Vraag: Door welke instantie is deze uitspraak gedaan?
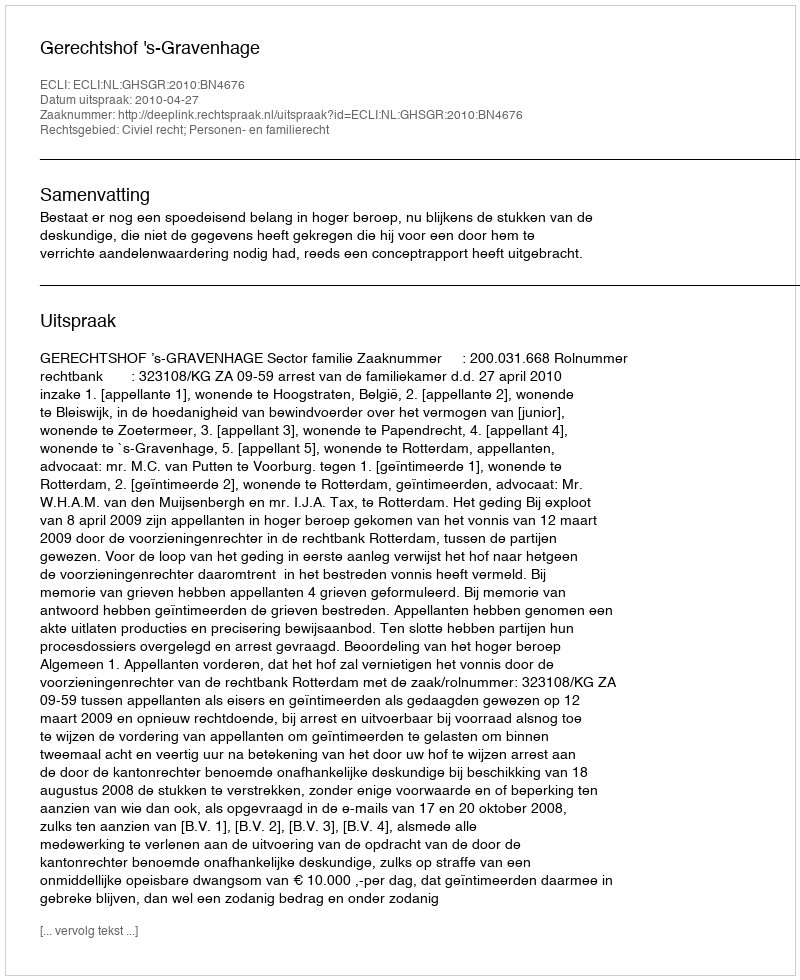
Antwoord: Gerechtshof 's-Gravenhage